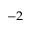
^ { - 2 }